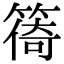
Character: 𥰧